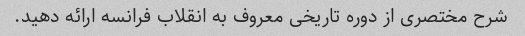
شرح مختصری از دوره تاریخی معروف به انقلاب فرانسه ارائه دهید.